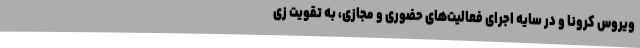
ویروس کرونا و در سایه اجرای فعالیت‌های حضوری و مجازی، به تقویت زی